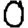
Digit: 0